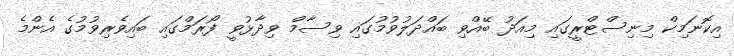
އިކޮނަމިކް މިނިސްޓްރީގައި މިއަދު ބޭއްވި ބައްދަލުވުމުގައި ވިސާމް ވިދާޅުވީ ފޯރަމްގައި ބައިވެރިވުމުގެ އެންމެ